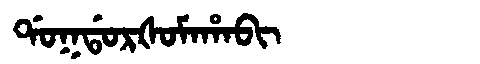
Manchu: ᡩᠣᡴᡩᠣᡵᡧᠣᠮᠠᡥᠠᠪᡳ
Romanization: DOKDORŠOMAHABI